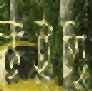
উইঠ্যা